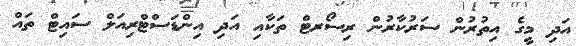
އަދި މީގެ އިތުރުން ސަރުކާރުން ރިސޯރޓް ތަކާއި އަދި އިންޑަސްޓްރިއަލް ސައިޓް ތައް